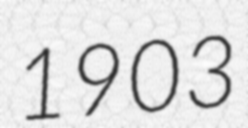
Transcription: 1903